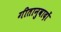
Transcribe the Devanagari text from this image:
गीतानुवादों